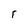
Character: r